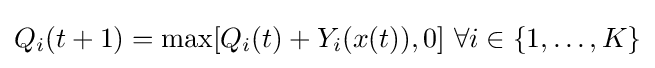
Q_{i}(t+1)=\max[Q_{i}(t)+Y_{i}(x(t)),0]{\text{ }}\forall i\in \{1,\ldots ,K\}